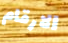
الارقام